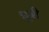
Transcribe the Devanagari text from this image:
धूबी